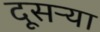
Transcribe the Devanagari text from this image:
दूसऱ्या